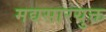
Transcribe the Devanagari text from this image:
मद्यसारयुक्त